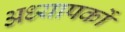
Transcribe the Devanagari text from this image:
अध्‍यापकों